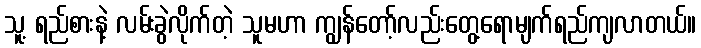
သူ့ ရည်စားနဲ့ လမ်းခွဲလိုက်တဲ့ သူမဟာ ကျွန်တော့်လည်းတွေ့ရောမျက်ရည်ကျလာတယ်။